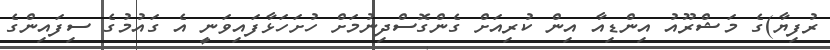
ރުފިޔާ)ގެ މަޝްރޫއު އިންޑިއާ އިން ކުރިއަށް ގެންގޮސްދިނުމަށް ހުށަހަޅާފައިވަނީ އެ ގައުމުގެ ސިފައިންގެ